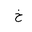
Letter: _kha